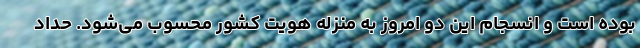
بوده است و انسجام این دو امروز به منزله هویت کشور محسوب می‌شود. حداد